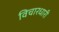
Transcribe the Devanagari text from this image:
विचारधारी